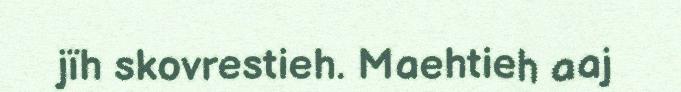
jïh skovrestieh. Maehtieh aaj